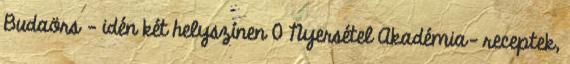
Budaörs – idén két helyszínen 0 Nyersétel Akadémia- receptek,